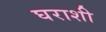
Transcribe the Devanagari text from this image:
घराशी